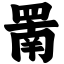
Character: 罱